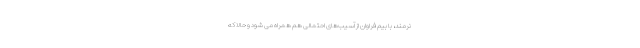
نرمند، با بیم فراوان از آسیب‌های احتمالی هم همراه می شود و حالا که